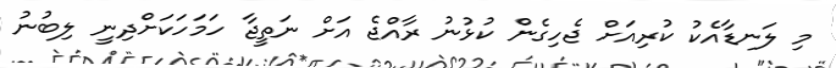
މި ލަނޑާއެކު ކުރިއަށް ޖެހިގެން ކުޅުނު ރާއްޖެ އަށް ނަތީޖާ ހަމަހަކަށްދިނީ ލިބުނު